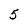
Character: 5